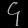
Digit: ၄